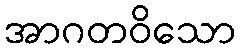
အာဂတဝိသော